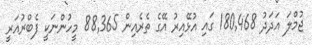
ޖުމްލަ އަދަދު 180